Senior Leaving Certificate, 1941, 1941
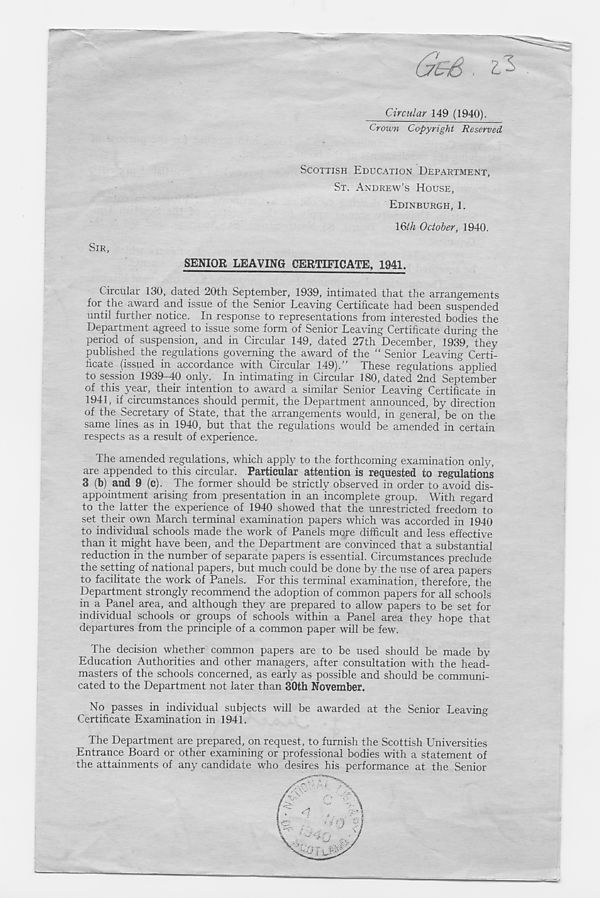
Circular 149 (1940).
Crown Copyright Reserved
SCOTTISH EDUCATION DEPARTMENT,
ST. ANDREW’S HOUSE,
EDINBURGH, 1.
\Qth October, 1940.
SIR,
SENIOR LEAVING CERTIFICATE, 1941.
Circular 130, dated 20th September, 1939, intimated that the arrangements
for the award and issue of the Senior Leaving Certificate had been suspended
until further notice. In response to representations from interested bodies the
Department agreed to issue some form of Senior Leaving Certificate during the
period of suspension, and in Circular 149, dated 27th December, 1939, they
published the regulations governing the award of the “ Senior Leaving Certi-
ficate (issued in accordance with Circular 149).” These regulations applied
to session 1939-40 only. In intimating in Circular 180, dated 2nd September
of this year, their intention to award a similar Senior Leaving Certificate in
1941, if circumstances should permit, the Department announced, by direction
of the Secretary of State, that the arrangements would, in general, be on the
same lines as in 1940, but that the regulations would be amended in certain
respects as a result of experience.
The amended regulations, which apply to the forthcoming examination only,
are appended to this circular. Particular attention is requested to regulations
3 (b) and 9 (c).. The former should be strictly observed in order to avoid dis-
appointment arising from presentation in an incomplete group. With regard
to the latter the experience of 1940 showed that the unrestricted freedom to
set their own March terminal examination papers which was accorded in 1940
to individual schools made the work of Panels more difficult and less effective
than it might have been, and the Department are convinced that a substantial
reduction in the number of separate papers is essential. Circumstances preclude
the setting of national papers, but much could be done by the use of area papers
to facilitate the work of Panels. For this terminal examination, therefore, the
Department strongly recommend the adoption of common papers for all schools
in a Panel area, and although they are prepared to allow papers to be set for
individual schools or groups of schools within a Panel area they hope that
departures from the principle of a common paper will be few.
^ The decision whether common papers are to be used should be made by
Education Authorities and other managers, after consultation with the head-
masters of the schools concerned, as early as possible and should be communi-
cated to the Department not later than 30th November.
No passes in individual subjects will be awarded at the Senior Leaving
Certificate Examination in 1941.
The Department are prepared, on request, to furnish the Scottish Universities
Entrance Board or other examining or professional bodies with a statement of
the attainments of any candidate who desires his performance at the Senior